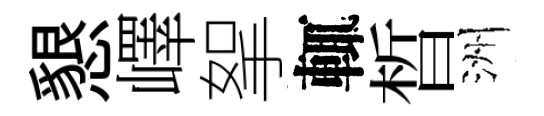
懇嶧挐輒晳洲